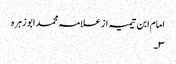
امام ابن تیمیہ از علامہ محمد ابو زہرہ
٣۔